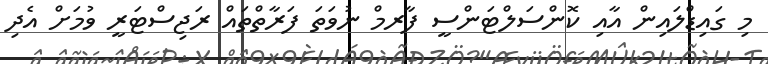
މި ގައިޑްލައިން އާއި ކޮންސަލްޓަންސީ ފާރމް ނުވަތަ ފަރާތްތައް ރަޖިސްޓަރީ ވުމަށް އެދި